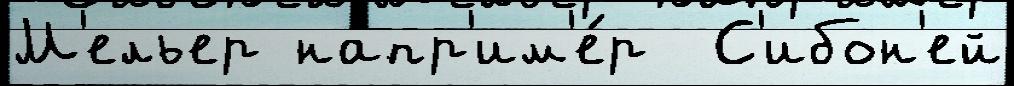
М'ельер напр'им'е́р  С'ибон'ей